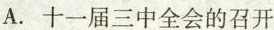
A.十一届三中全会的召开